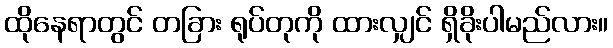
ထိုနေရာတွင် တခြား ရုပ်တုကို ထားလျှင် ရှိခိုးပါမည်လား။